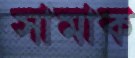
সামাক